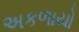
અકળાયો